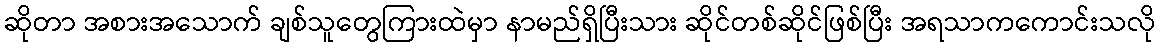
ဆိုတာ အစားအသောက် ချစ်သူတွေကြားထဲမှာ နာမည်ရှိပြီးသား ဆိုင်တစ်ဆိုင်ဖြစ်ပြီး အရသာကကောင်းသလို